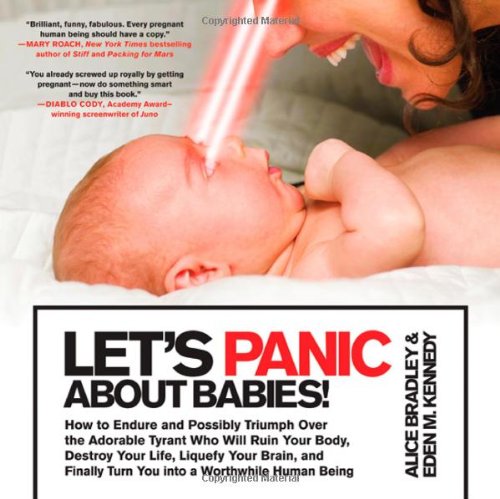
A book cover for Let's Panic About Babies!: How to Endure and Possibly Triumph Over the Adorable Tyrant Who Will Ruin Your Body, Destroy Your Life, Liquefy Your Brain, ... Turn You into a Worthwhile Human Being; Alice Bradley; Humor & Entertainment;